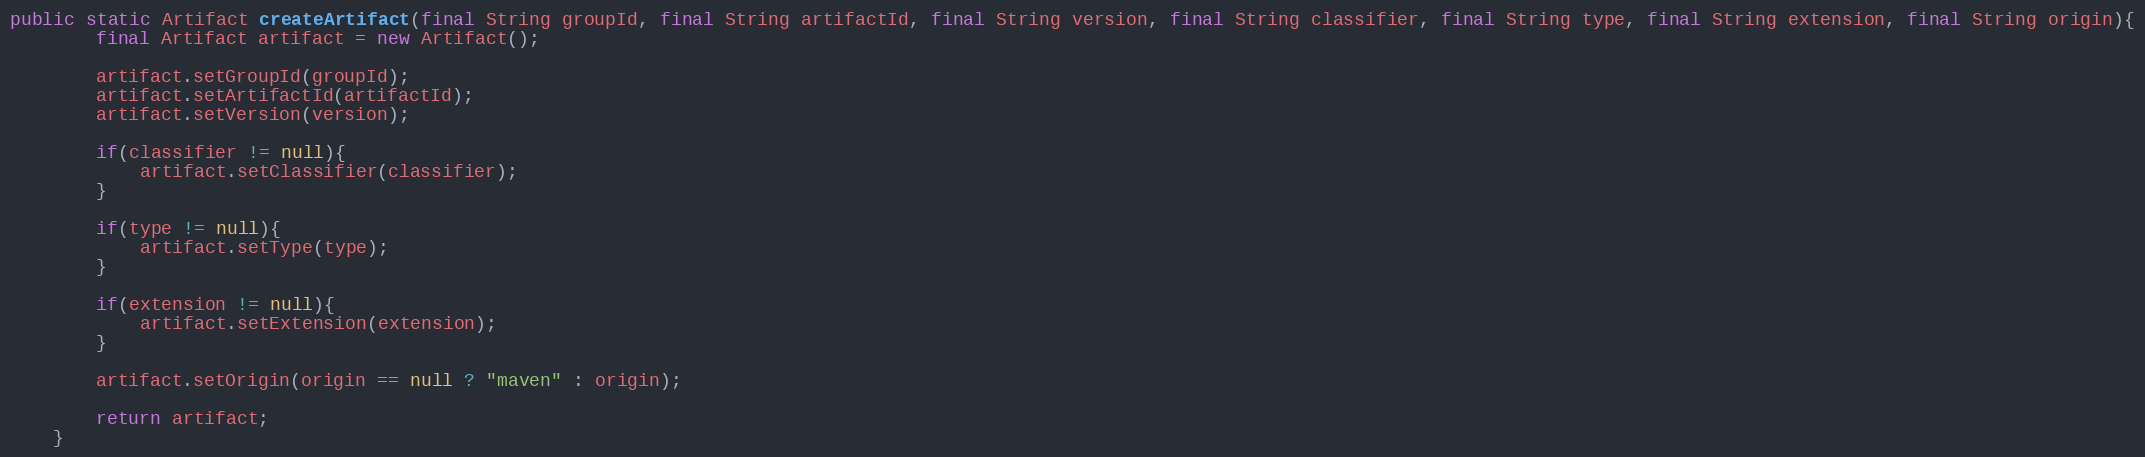
Language: Java
public static Artifact createArtifact(final String groupId, final String artifactId, final String version, final String classifier, final String type, final String extension, final String origin){
		final Artifact artifact = new Artifact();

		artifact.setGroupId(groupId);
		artifact.setArtifactId(artifactId);
		artifact.setVersion(version);

		if(classifier != null){
			artifact.setClassifier(classifier);
		}

		if(type != null){
			artifact.setType(type);
		}

		if(extension != null){
			artifact.setExtension(extension);
		}

		artifact.setOrigin(origin == null ? "maven" : origin);

		return artifact;
	}